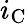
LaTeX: i_{\mathrm{C}}